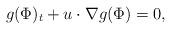
LaTeX: \begin{align*}g(\Phi)_{t}+u\cdot \nabla g(\Phi)=0,\end{align*}